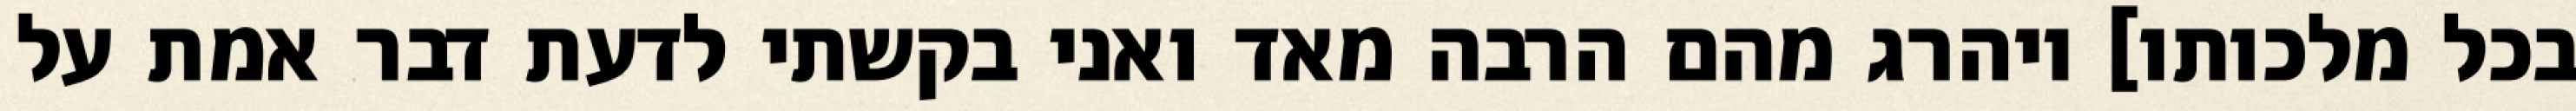
בכל מלכותו] ויהרג מהם הרבה מאד ואני בקשתי לדעת דבר אמת על